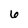
Character: 6